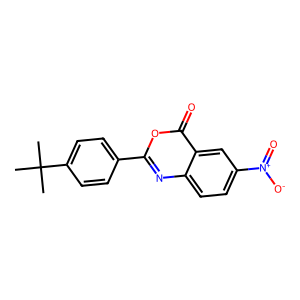
SMILES: CC(C)(C)c1ccc(-c2nc3ccc([N+](=O)[O-])cc3c(=O)o2)cc1
Inhibits HIV replication: No